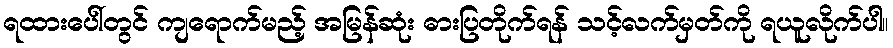
ရထားပေါ်တွင် ကျရောက်မည့် အမြန်ဆုံး ဓားပြတိုက်ရန် သင့်လက်မှတ်ကို ရယူလိုက်ပါ။